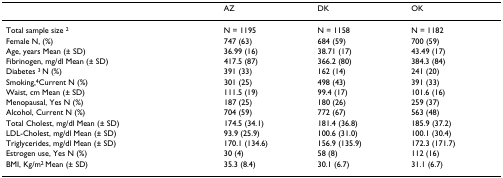
|  | AZ | DK | OK |
 | --- | --- | --- | --- |
 | Total sample size 2 | N = 1195 | N = 1158 | N = 1182 |
 | Female N, (%) | 747 (63) | 684 (59) | 700 (59) |
 | Age, years Mean (± SD) | 36.99 (16) | 38.71 (17) | 43.49 (17) |
 | Fibrinogen, mg/dl Mean (± SD) | 417.5 (87) | 366.2 (80) | 384.3 (84) |
 | Diabetes 3 N (%) | 391 (33) | 162 (14) | 241 (20) |
 | Smoking,4Current N (%) | 301 (25) | 498 (43) | 391 (33) |
 | Waist, cm Mean (± SD) | 111.5 (19) | 99.4 (17) | 101.6 (16) |
 | Menopausal, Yes N (%) | 187 (25) | 180 (26) | 259 (37) |
 | Alcohol, Current N (%) | 704 (59) | 772 (67) | 563 (48) |
 | Total Cholest, mg/dl Mean (± SD) | 174.5 (34.1) | 181.4 (36.8) | 185.9 (37.2) |
 | LDL-Cholest, mg/dl Mean (± SD) | 93.9 (25.9) | 100.6 (31.0) | 100.1 (30.4) |
 | Triglycerides, mg/dl Mean (± SD) | 170.1 (134.6) | 156.9 (135.9) | 172.3 (171.7) |
 | Estrogen use, Yes N (%) | 30 (4) | 58 (8) | 112 (16) |
 | BMI, Kg/m2 Mean (± SD) | 35.3 (8.4) | 30.1 (6.7) | 31.1 (6.7) |